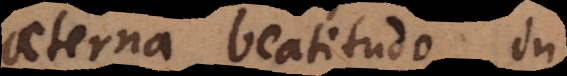
aeterna beatitudo in